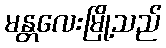
မန္တလေးမြို့သည်